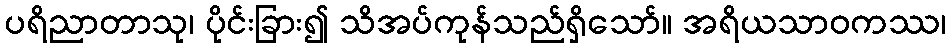
ပရိညာတာသု၊ ပိုင်းခြား၍ သိအပ်ကုန်သည်ရှိသော်။ အရိယသာဝကဿ၊